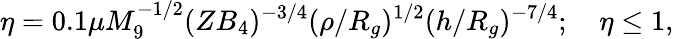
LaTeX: \eta=0.1\mu M_{9}^{-1/2}(ZB_{4})^{-3/4}(\rho/R_{g})^{1/2}(h/R_{g})^{-7/4};\ \ \ \ \eta\le 1,